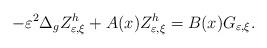
LaTeX: \begin{align*}-\varepsilon^{2}\Delta_{g}Z_{\varepsilon,\xi}^{h}+A(x)Z_{\varepsilon,\xi}^{h}=B(x)G_{\varepsilon,\xi}.\end{align*}